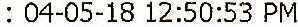
: 04-05-18 12:50:53 PM